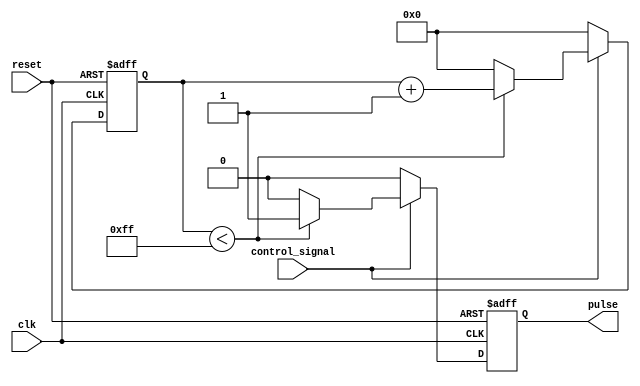
module VariablePulseWidthGenerator (
    input wire clk,
    input wire reset,
    input wire control_signal,
    output reg pulse
);
    reg [7:0] pulse_width_counter;
    
    always @(posedge clk or posedge reset) begin
        if (reset) begin
            pulse <= 0;
            pulse_width_counter <= 8'b0;
        end else begin
            if (control_signal) begin
                pulse <= 1;
                if (pulse_width_counter < 8'd255) begin
                    pulse_width_counter <= pulse_width_counter + 1;
                end else begin
                    pulse_width_counter <= 8'b0;
                    pulse <= 0;
                end
            end else begin
                pulse <= 0;
                pulse_width_counter <= 8'b0;
            end
        end
    end
endmodule